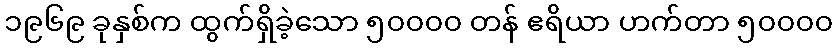
၁၉၆၉ ခုနှစ်က ထွက်ရှိခဲ့သော ၅၀၀၀၀ တန် ဧရိယာ ဟက်တာ ၅၀၀၀၀